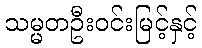
သမ္မတဦးဝင်းမြင့်နှင့်